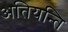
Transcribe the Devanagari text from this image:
अतियन्ति